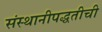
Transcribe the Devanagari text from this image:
संस्थानीपद्धतीची